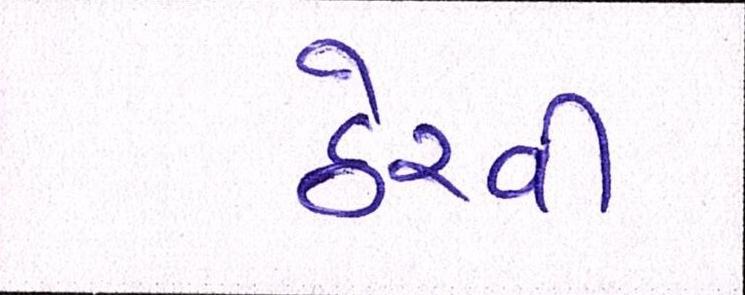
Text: ઠેરવી